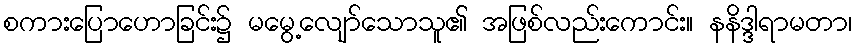
စကားပြောဟောခြင်း၌ မမွေ့လျော်သောသူ၏ အဖြစ်လည်းကောင်း။ နနိဒ္ဒါရာမတာ၊